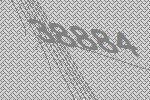
38884